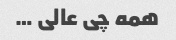
همه چی عالی …